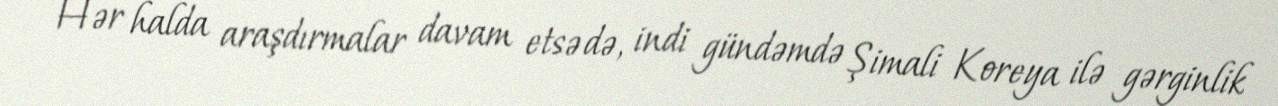
Hər halda araşdırmalar davam etsə də, indi gündəmdə Şimali Koreya ilə gərginlik